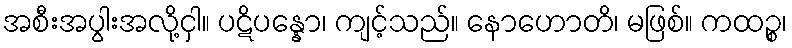
အစီးအပွါးအလို့ငှါ။ ပဋိပန္နော၊ ကျင့်သည်။ နောဟောတိ၊ မဖြစ်။ ကထဉ္စ၊